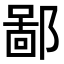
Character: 鄙